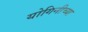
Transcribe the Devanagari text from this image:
योगिनीच्या